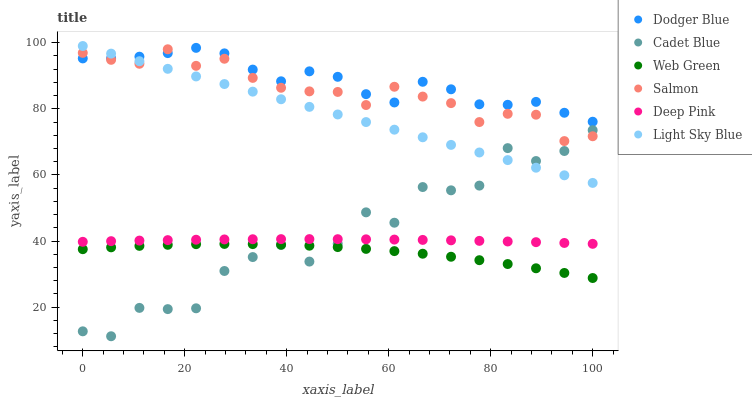
| xaxis_label | Dodger Blue | Cadet Blue | Web Green | Salmon | Deep Pink | Light Sky Blue |
 | --- | --- | --- | --- | --- | --- | --- |
 | 0 | 95.3 | 12.7 | 37.5 | 96.9 | 39.8 | 99 |
 | 5.56 | 95.3 | 11.2 | 38.1 | 94.8 | 40 | 96.7 |
 | 11.1 | 95.8 | 19.8 | 38.6 | 93.6 | 40.1 | 94.4 |
 | 16.7 | 96.9 | 19.4 | 38.9 | 98 | 40.3 | 92.1 |
 | 22.2 | 98.4 | 19.7 | 39.1 | 93 | 40.4 | 89.8 |
 | 27.8 | 96.8 | 31 | 39.1 | 95.1 | 40.5 | 87.5 |
 | 33.3 | 91.9 | 35.2 | 39.1 | 89.4 | 40.6 | 85.2 |
 | 38.9 | 88.3 | 38.8 | 38.9 | 86.4 | 40.6 | 82.9 |
 | 44.4 | 91.3 | 33.8 | 38.6 | 85.3 | 40.6 | 80.6 |
 | 50 | 89.7 | 39.2 | 38.2 | 85.1 | 40.6 | 78.3 |
 | 55.6 | 84.4 | 48.7 | 37.6 | 81.1 | 40.5 | 76 |
 | 61.1 | 81.9 | 45.6 | 37 | 86.7 | 40.5 | 73.7 |
 | 66.7 | 88.2 | 56.3 | 36.2 | 83.7 | 40.4 | 71.4 |
 | 72.2 | 85.9 | 55.4 | 35.3 | 81.7 | 40.2 | 69.1 |
 | 77.8 | 81.4 | 56.8 | 34.2 | 76 | 40.1 | 66.8 |
 | 83.3 | 81.2 | 68.1 | 33.1 | 78.5 | 39.9 | 64.5 |
 | 88.9 | 82.1 | 64.2 | 31.8 | 78.2 | 39.7 | 62.2 |
 | 94.4 | 78.8 | 67.2 | 30.4 | 70.2 | 39.4 | 59.9 |
 | 100 | 76.1 | 73.5 | 28.8 | 71.7 | 39.2 | 57.6 |